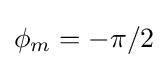
\phi _{m}=-\pi /2